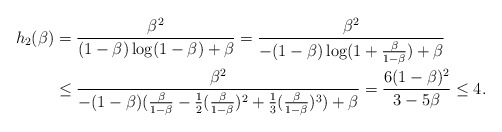
\begin{align*}h_2(\beta) & = \frac{\beta^2}{(1-\beta) \log (1-\beta) + \beta} = \frac{\beta^2}{-(1-\beta) \log (1 + \frac{\beta}{1-\beta}) + \beta} \\& \le \frac{\beta^2}{-(1-\beta)(\frac{\beta}{1-\beta} - \frac{1}{2}(\frac{\beta}{1-\beta})^2 + \frac{1}{3}(\frac{\beta}{1-\beta})^3) + \beta} = \frac{6(1-\beta)^2}{3 - 5\beta} \le 4.\end{align*}